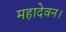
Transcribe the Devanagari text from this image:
महादेवन।